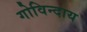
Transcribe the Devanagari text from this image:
गोविन्दाय